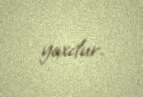
yoxdur.